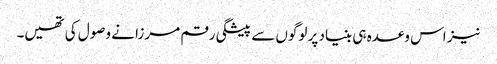
نیز اس وعدہ ہی بنیاد پر لوگوں سے پیشگی رقم مرزا نے وصول کی تھیں۔